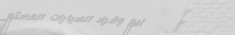
بيع وشراء السيارات المستع